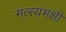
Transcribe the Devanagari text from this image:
मत्स्यभक्षी